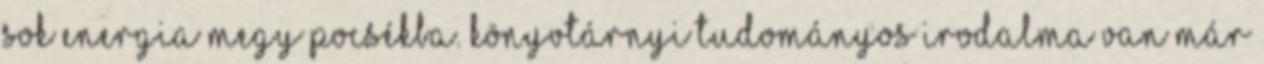
sok energia megy pocsékba. Könyvtárnyi tudományos irodalma van már